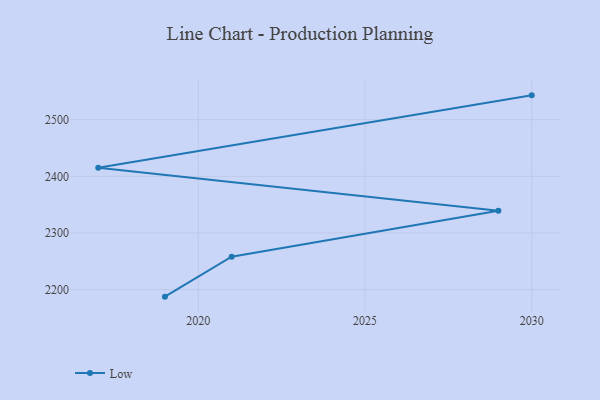
{"axis": {"x": "Year", "y": "Conversion Rate (%)"}, "legend": ["Low"], "data": [{"x": "2030", "y": 2542.9, "type": "Low"}, {"x": "2017", "y": 2415.3, "type": "Low"}, {"x": "2029", "y": 2339.4, "type": "Low"}, {"x": "2021", "y": 2258.2, "type": "Low"}, {"x": "2019", "y": 2187.7, "type": "Low"}]}